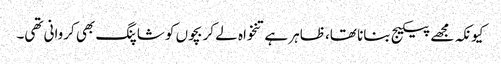
کیونکہ مجھے پیکیج بنانا تھا، ظاہر ہے تنخواہ لے کر بچوں کو شاپنگ بھی کروانی تھی۔